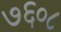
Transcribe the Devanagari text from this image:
७६०८